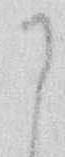
に